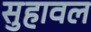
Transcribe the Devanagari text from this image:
सुहावल